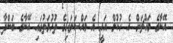
އޭނާގެ މައްޗަށް އެ ހުކުމް އައީ އެ މައްސަލައިގެ ތުހުމަތުގައި އޭނާގެ ބަންދާ